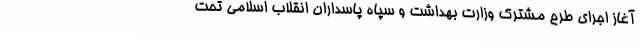
آغاز اجرای طرح مشترک وزارت بهداشت و سپاه پاسداران انقلاب اسلامی تحت